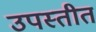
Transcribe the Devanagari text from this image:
उपस्तीत